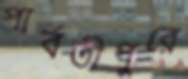
পার্বতীপুরে